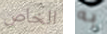
الخاص به